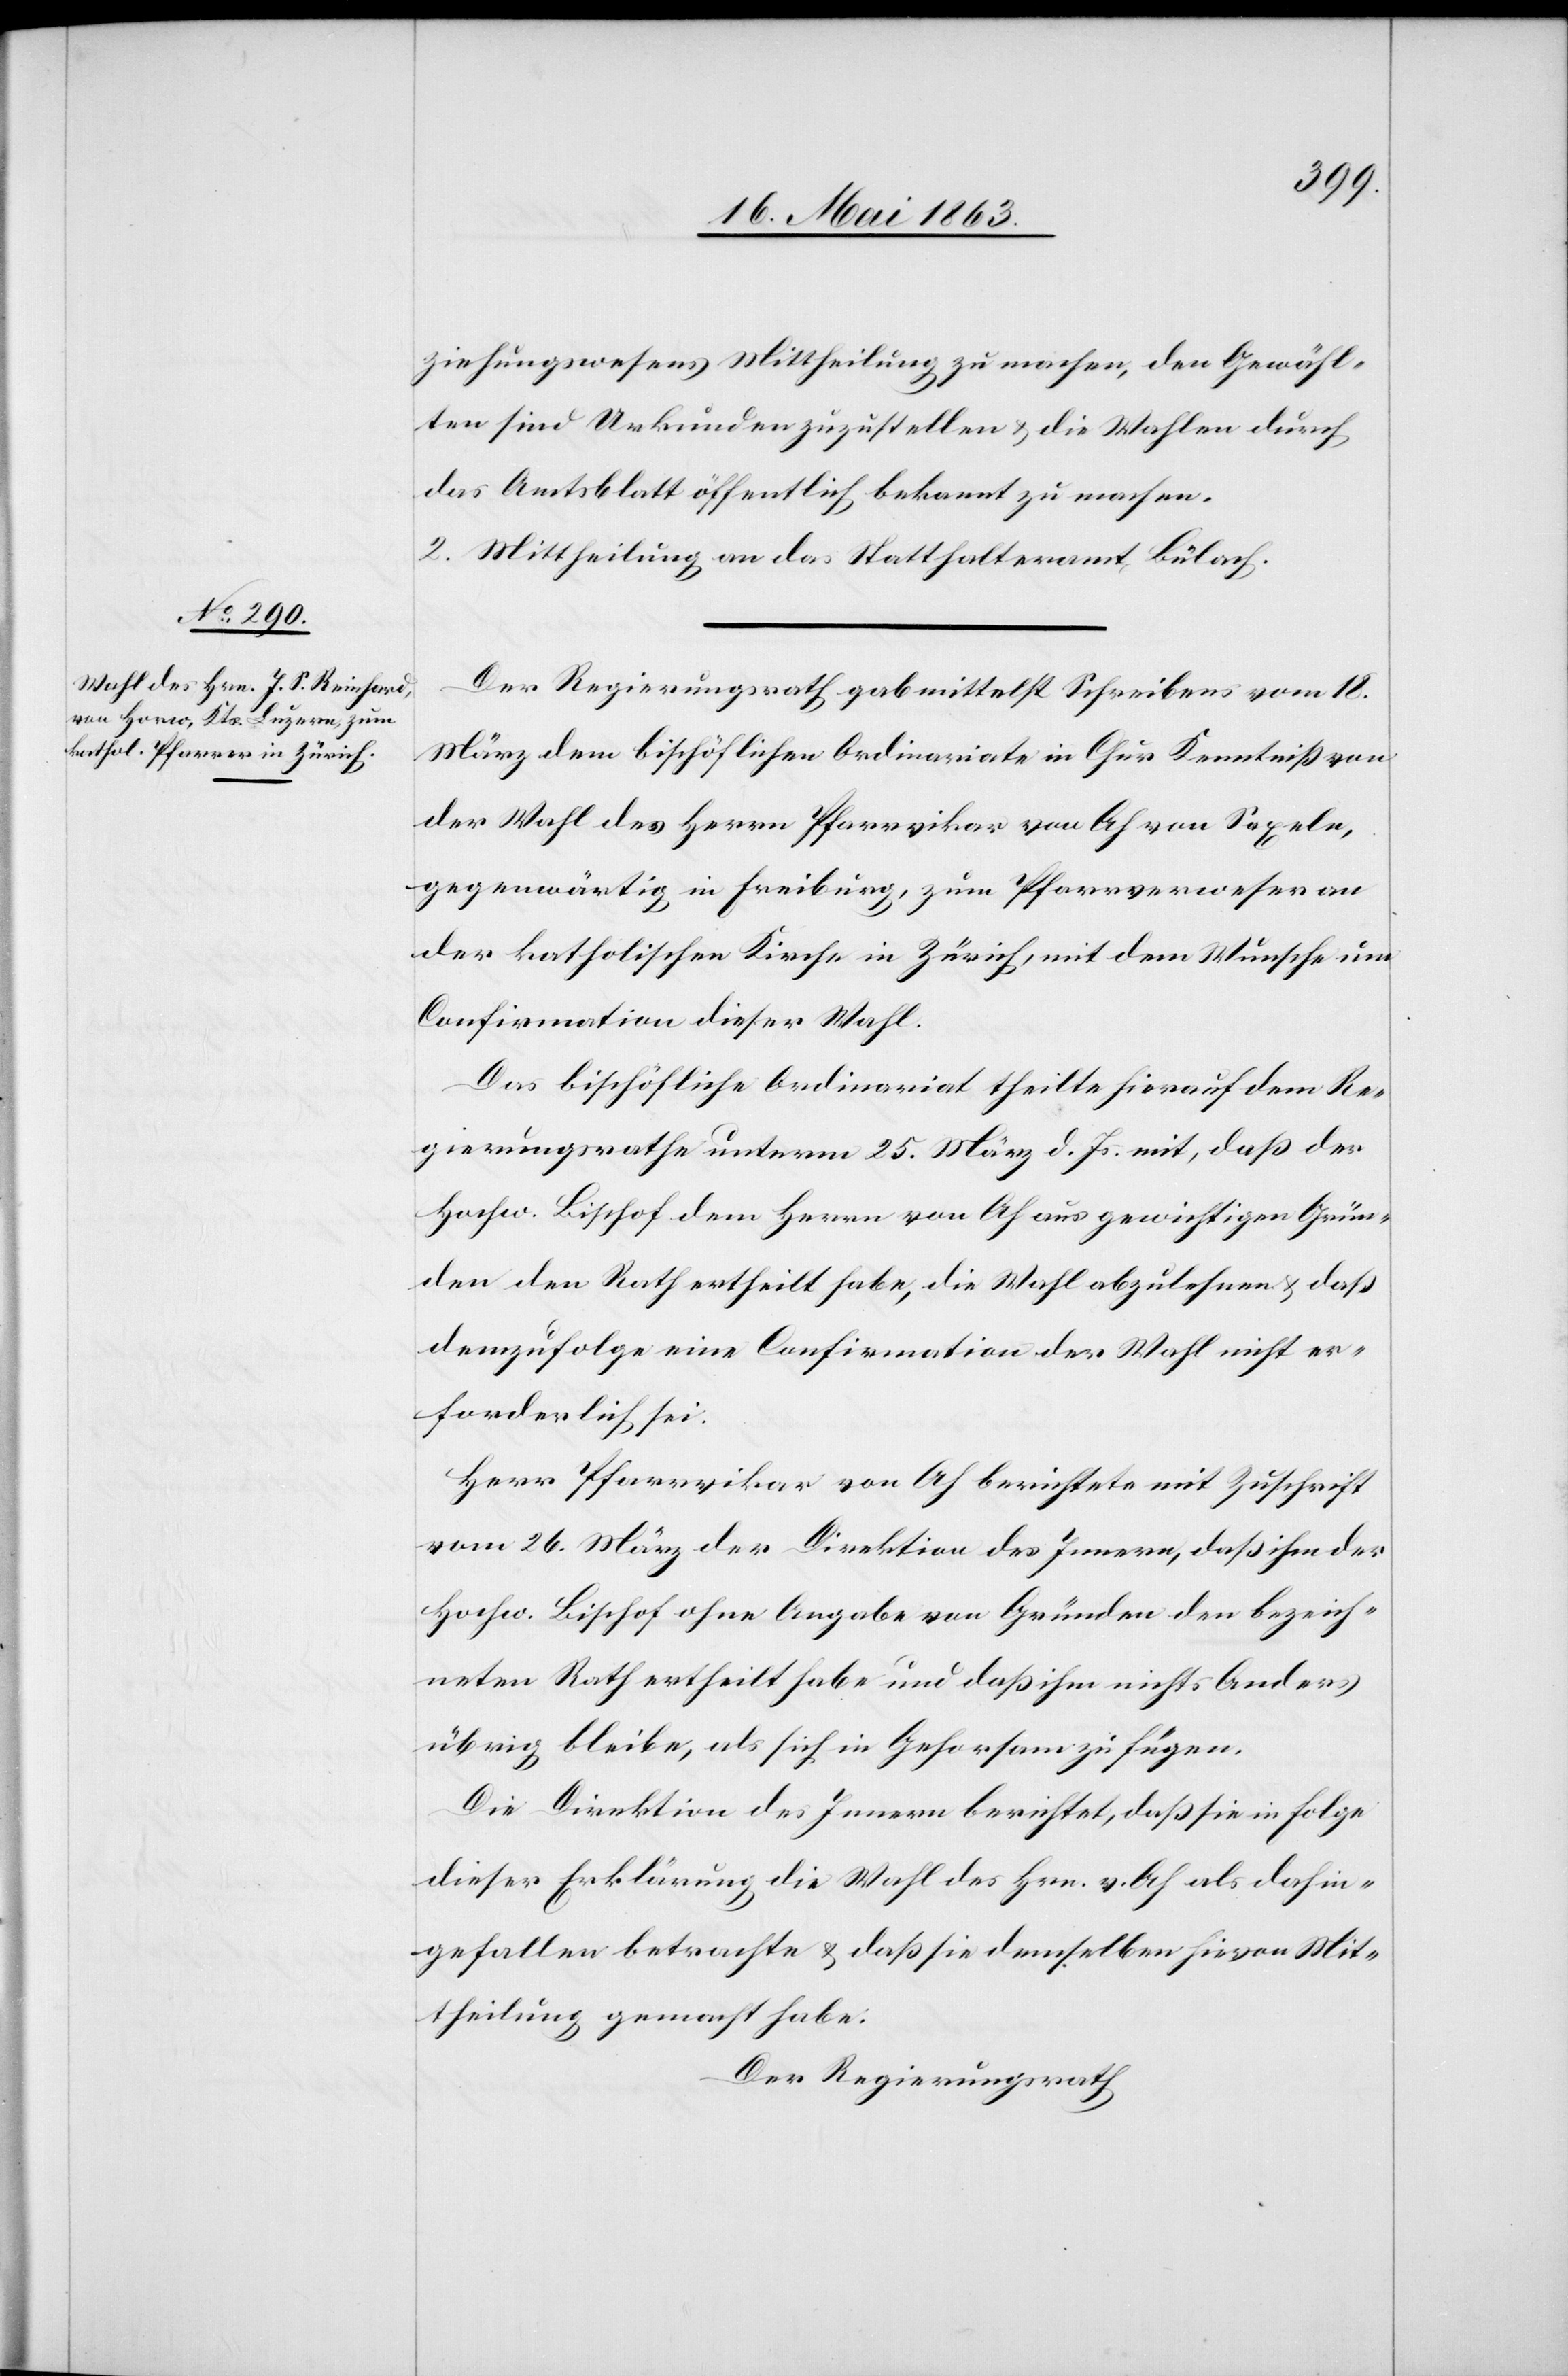
ziehungswesens Mittheilung zu machen, den Gewähl¬
ten sind Urkunden zuzustellen & die Wahlen durch
das Amtsblatt öffentlich bekannt zu machen.
2. Mittheilung an das Statthalteramt Bülach.
Der Regierungsrath gab mittelst Schreiben vom 18.
März dem bischöflichen Ordinariate in Chur Kenntniß von
der Wahl des Herrn Pfarrvikar von Ah von Saxeln,
gegenwärtig in Freiburg, zum Pfarrverweser an
der katholischen Kirche in Zürich, mit dem Wunsche um
Confirmation dieser Wahl.
Das bischöfliche Ordinariat theilte hierauf dem Re¬
gierungsrathe unterm 25. März d. Js. mit, daß der
Hochw. Bischof dem Herrn von Ah aus gewichtigen Grün¬
den den Rath ertheilt habe, die Wahl abzulehnen & daß
demzufolge eine Confirmation der Wahl nicht er¬
forderlich sei.
Herr Pfarrvikar von Ah berichtete mit Zuschrift
vom 26. März der Direktion des Innern, daß ihm der
Hochw. Bischof ohne Angabe von Gründen den bezeich¬
neten Rath ertheilt habe und daß ihm nichts Anders
übrig bleibe, als sich in Gehorsam zu fügen.
Die Direktion des Innern berichtet, daß sie in Folge
dieser Erklärung die Wahl des Hrn. v. Ah als dahin¬
gefallen betrachte & daß sie demselben hievon Mit¬
theilung gemacht habe.
Der Regierungsrath